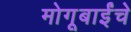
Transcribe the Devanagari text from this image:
मोगूबाईंचे